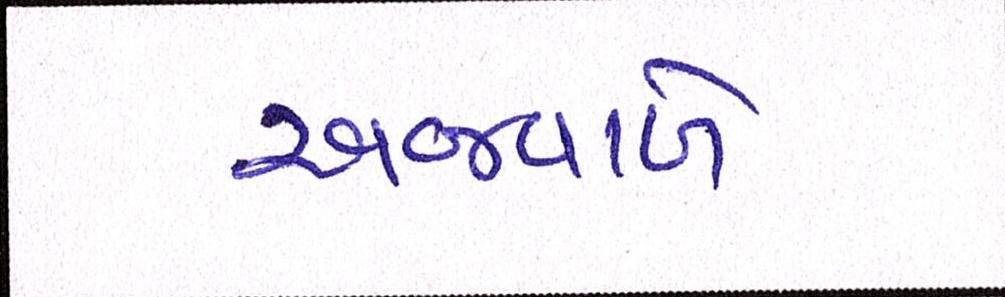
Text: અજવાળે